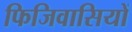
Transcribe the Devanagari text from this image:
फिजिवासियों